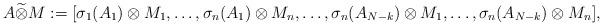
LaTeX: \begin{align*}A\widetilde{\otimes}M:=[\sigma_1(A_1)\otimes M_1,\dots,\sigma_n(A_1)\otimes M_n,\dots,\sigma_n(A_{N-k})\otimes M_1,\dots,\sigma_n(A_{N-k})\otimes M_n],\end{align*}